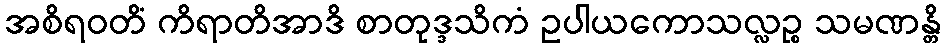
အစိရဝတိံ ကိရာတိအာဒိ စာတုဒ္ဒသိကံ ဥပါယကောသလ္လဉ္စ သမဏန္တိ